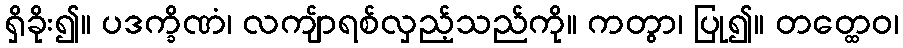
ရှိခိုး၍။ ပဒက္ခိဏံ၊ လကျ်ာရစ်လှည့်သည်ကို။ ကတွာ၊ ပြု၍။ တတ္ထေဝ၊